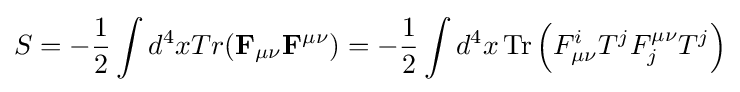
S=-{1 \over 2}\int d^{4}xTr(\mathbf {F} _{\mu \nu }\mathbf {F} ^{\mu \nu })=-{1 \over 2}\int d^{4}x\operatorname {Tr} {\Big (}F_{\mu \nu }^{i}T^{j}F_{j}^{\mu \nu }T^{j}{\Big )}